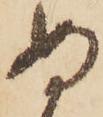
ぬ